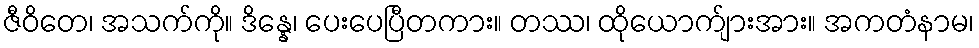
ဇီဝိတေ၊ အသက်ကို။ ဒိန္နေ၊ ပေးပေပြီတကား။ တဿ၊ ထိုယောက်ျားအား။ အကတံနာမ၊